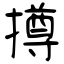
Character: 撙